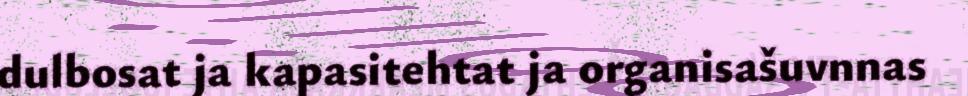
dulbosat ja kapasitehtat ja organisašuvnnas